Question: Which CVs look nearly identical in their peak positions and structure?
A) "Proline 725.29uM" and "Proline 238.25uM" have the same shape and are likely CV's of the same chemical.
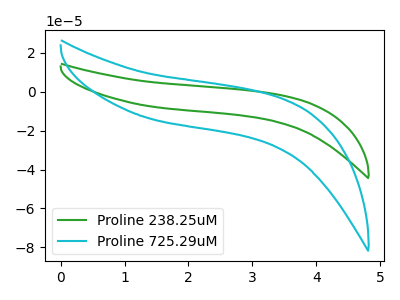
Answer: <think>The green curve "Proline 238.25uM" has no peaks. The cyan curve "Proline 725.29uM" has no peaks.
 Neither "Proline 238.25uM" or "Proline 725.29uM" have any peaks.</think>
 <answer>A) "Proline 725.29uM" and "Proline 238.25uM" have the same shape and are likely CV's of the same chemical.</answer>
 <eval>A</eval>